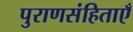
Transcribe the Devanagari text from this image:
पुराणसंहिताएँ